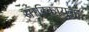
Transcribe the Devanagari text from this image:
सारिकायुक्त